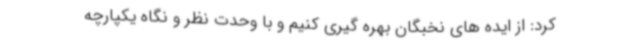
کرد: از ایده های نخبگان بهره گیری کنیم و با وحدت نظر و نگاه یکپارچه